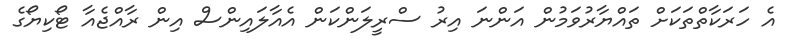
އެ ހަރަކާތްތަކަށް ތައްޔާރުވަމުން އަންނަ އިރު ސްރީލަންކަން އެއާލައިންސް އިން ރާއްޖެއާ ޓޯކިޔޯގެ